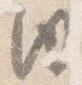
内